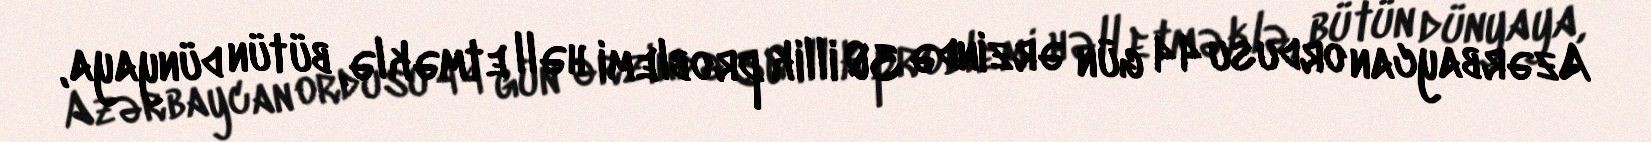
Azərbaycan ordusu 44 gün ərzində 30 illik problemi həll etməklə, bütün dünyaya,